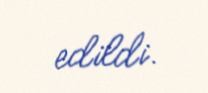
edildi.